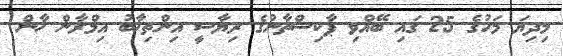
މިދިޔަ މަހުގެ 25 ގައި ބޭއްވި ޕާކިސްތާނުގެ ރިޔާސީ އިންތިޚާބު އިމްރާން ޚާން